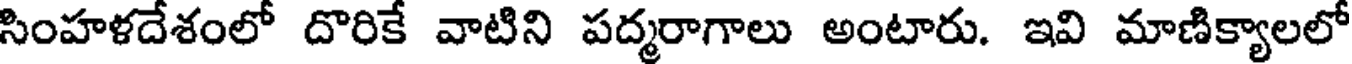
సింహళదేశంలో దొరికే వాటిని పద్మరాగాలు అంటారు. ఇవి మాణిక్యాలలో